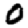
Digit: 0